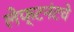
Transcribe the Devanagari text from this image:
लेफ्टनंटचे